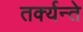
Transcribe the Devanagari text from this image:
तर्क्यन्ते